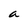
Character: a